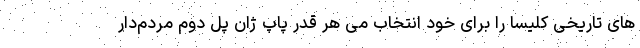
های تاریخی کلیسا را برای خود انتخاب می هر قدر پاپ ژان پل دوم مردم‌دار